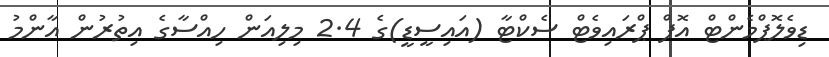
ޑިވެލޮޕްމެންޓް އޮފް ޕްރައިވެޓް ސެކްޓާ (އައިސީޑީ)ގެ 2.4 މިލިއަން ހިއްސާގެ އިތުރުން އާންމު